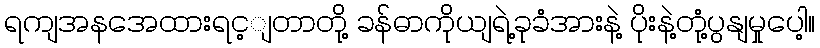
ရကျအနအေထားရင့ျတာတို့ ခန်ဓာကိုယျရဲ့ခုခံအားနဲ့ ပိုးနဲ့တုံ့ပွနျမှုပေါ့။